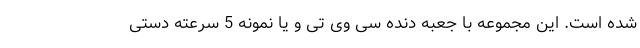
شده است. این مجموعه با جعبه دنده سی وی تی و یا نمونه 5 سرعته دستی